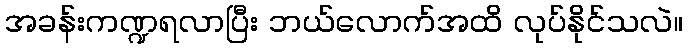
အခန်းကဏ္ဍရလာပြီး ဘယ်လောက်အထိ လုပ်နိုင်သလဲ။